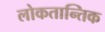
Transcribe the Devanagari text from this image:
लोकतान्तिक